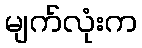
မျက်လုံးက